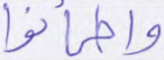
واطمأنوا